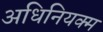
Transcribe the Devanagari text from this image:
अधिनियक्म